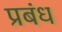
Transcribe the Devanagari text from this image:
प्रबंध